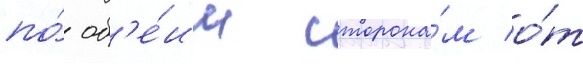
по́ об'е́им сторона́м о́т